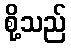
စို့သည်